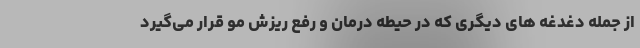
از جمله دغدغه ‌های دیگری که در حیطه درمان و رفع ریزش مو قرار می‌گیرد